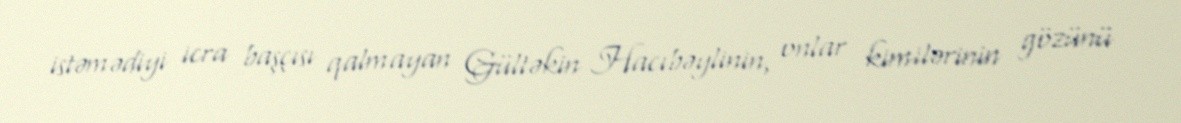
istəmədiyi icra başçısı qalmayan Gültəkin Hacıbəylinin, onlar kimilərinin gözünü